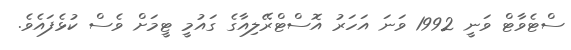
ސްޓެވާޓް ވަނީ 1992 ވަނަ އަހަރު އޮސްޓްރޭލިއާގެ ގައުމީ ޓީމަށް ވެސް ކުޅެފައެވެ.